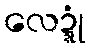
လေဍ္ဍုံ